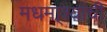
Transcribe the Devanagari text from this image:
मधमा्श्यांची